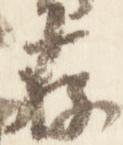
存